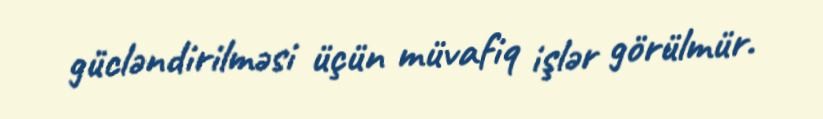
gücləndirilməsi üçün müvafiq işlər görülmür.